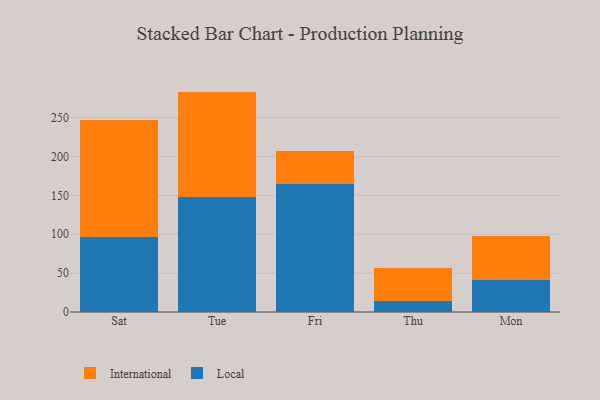
{"axis": {"x": "Day", "y": "Waste Production (Tons)"}, "legend": ["International", "Local"], "data": [{"x": "Sat", "y": 96.8, "type": "Local"}, {"x": "Sat", "y": 149.8, "type": "International"}, {"x": "Tue", "y": 148.0, "type": "Local"}, {"x": "Tue", "y": 135.5, "type": "International"}, {"x": "Fri", "y": 164.1, "type": "Local"}, {"x": "Fri", "y": 42.6, "type": "International"}, {"x": "Thu", "y": 14.0, "type": "Local"}, {"x": "Thu", "y": 42.3, "type": "International"}, {"x": "Mon", "y": 40.9, "type": "Local"}, {"x": "Mon", "y": 56.8, "type": "International"}]}